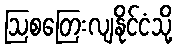
ဩစတြေးလျနိုင်ငံသို့